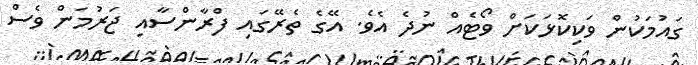
ގައުމަކުން ވަކިކޮޅަކަށް ވޯޓެއް ނުދެ އެވެ. އޭގެ ތެރޭގައި ފްރާންސާއި ޖަރުމަން ވެސް